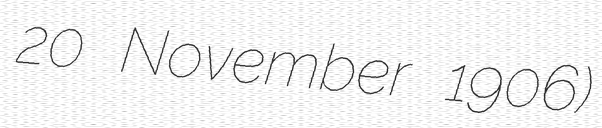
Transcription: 20 November 1906)